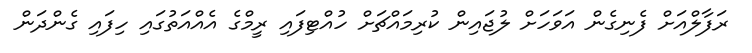
ރަފާލްއަށް ފެނިގެން އަވަހަށް ލުޖައިން ކުރިމައްޗަށް ހުއްޓިފައި ރީމްގެ އެއްއަތުގައި ހިފައި ގެންދަން